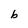
Character: b